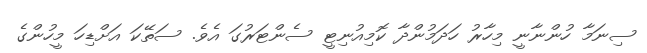
ސިނަމާ ހުންނާނީ މިހާރު ހަދަމުންދާ ކޮމިއުނިޓީ ސެންޓަރުގަ އެވެ. ސަތޭކަ އަށްޑިހަ މީހުންގެ